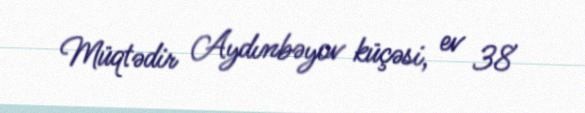
Müqtədir Aydınbəyov küçəsi, ev 38